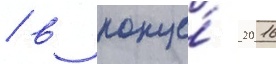
/ в конце́ 2016